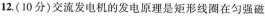
12.(10分)交流发电机的发电原理是矩形线圈在匀强磁